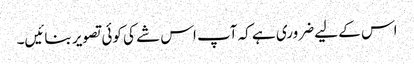
اس کے لیے ضروری ہے کہ آپ اس شے کی کوئی تصویر بنائیں۔